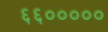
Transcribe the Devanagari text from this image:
६६०००००